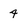
Character: 4